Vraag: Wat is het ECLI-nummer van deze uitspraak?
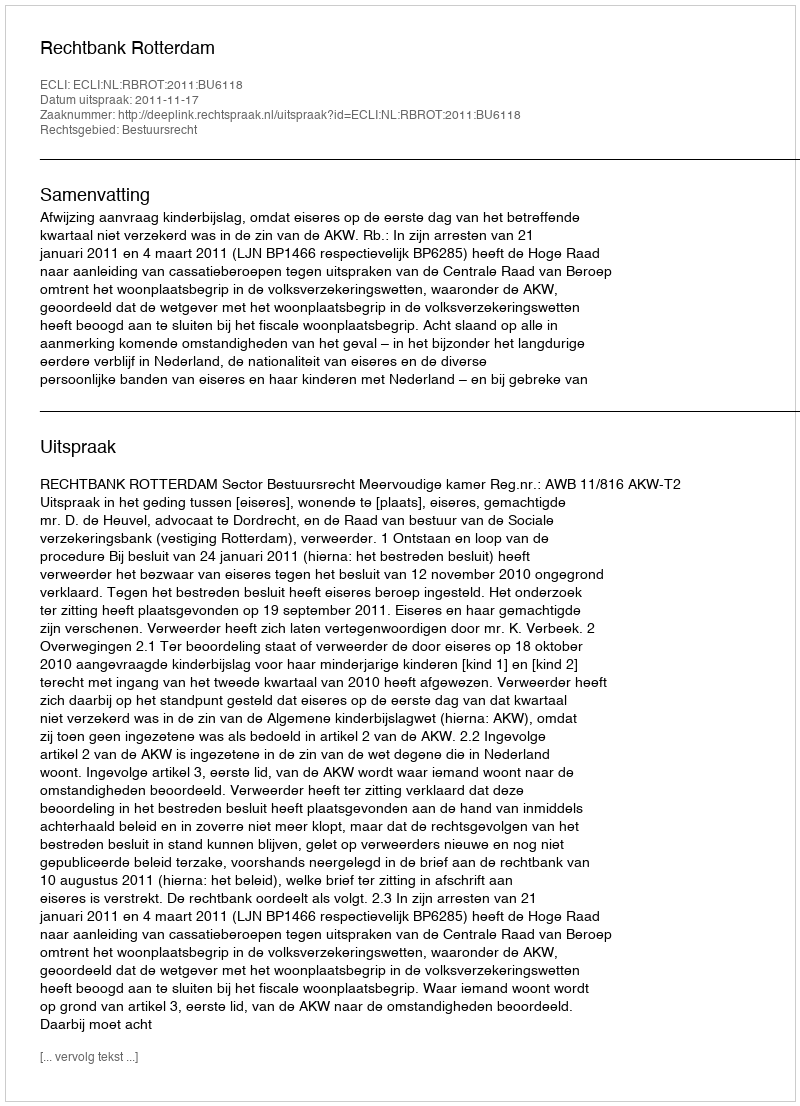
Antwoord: ECLI:NL:RBROT:2011:BU6118